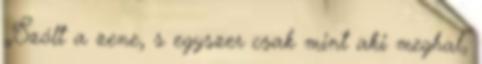
„Szólt a zene, s egyszer csak mint aki meghal,